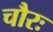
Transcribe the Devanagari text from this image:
चौरः